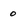
Character: 0